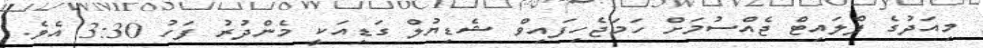
މިއަދުގެ ފްލައިޓް ޖެއްސުމަށް ހަމަޖެހިފައިވް ޝެޑިޔުލް ގަޑިއަކީ މެންދުރު ފަހު 3:30 އެވެ.